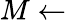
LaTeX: M\gets